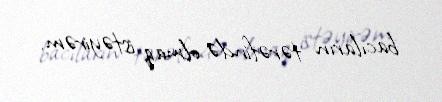
bacıların tərəfində olmaq istəyirəm.